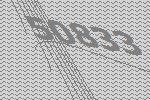
50833